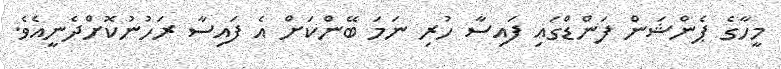
މީހާގެ ޕެންޝަން ފަންޑްގައި ފައިސާ ހުރި ނަމަ ބޭންކަށް އެ ފައިސާ ރަހުނުކޮށްދެނީއެވެ.